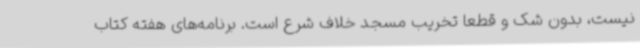
نیست، بدون شک و قطعا تخریب مسجد خلاف شرع است. برنامه‌های هفته کتاب